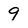
Character: 9